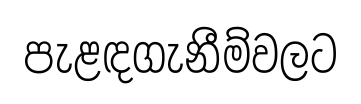
පැළඳගැනීම්වලට